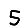
Digit: 5